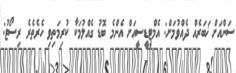
ސަންއަށް ޚަބަރެއް ދެއްވުމަށް: އެމްޓީޑީސީއަށް އެންމެ ބޮޑު ގެއްލުމަކާ ކުރިމަތިވި ހެރެތެރެ ރިސޯޓު: